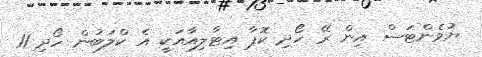
ޔުވެންޓަސް އިން ރޭ ހޯދި ކޮޕާ އިޓާލިއާއަކީ އެ ކްލަބުން ހޯދި 11